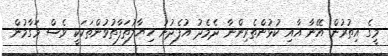
މީގެ އިތުރުން އޭނާ އާއި ކުޅުންތެރިންނާ ދެމެދު އުފެދުނު ހިޔާލުތަފާތުވުންތަކަކީ ވެސް މަގާމުން